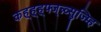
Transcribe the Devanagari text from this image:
कह्ह्ह्फ्ज्न्न्व्सुज्म्हि